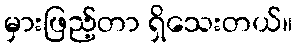
မှားဖြည့်တာ ရှိသေးတယ်။